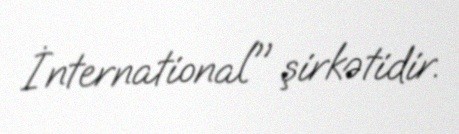
İnternational" şirkətidir.